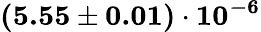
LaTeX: \mathbf{(5.55\pm 0.01)\cdot 10^{-6}}